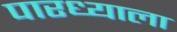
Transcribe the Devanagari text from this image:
पारध्याला